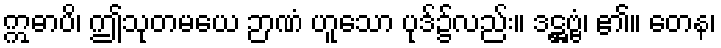
ဣဓာပိ၊ ဤသုတမယေ ဉာဏံ ဟူသော ပုဒ်၌လည်း။ ဒဋ္ဌဗ္ဗံ၊ ၏။ တေန၊